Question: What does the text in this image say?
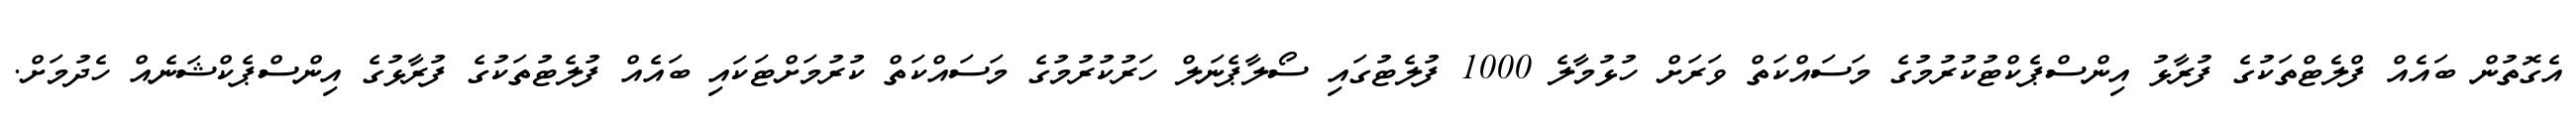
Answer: އެގޮތުން ބައެއް ފްލެޓްތަކުގެ ފުރާޅު އިންސްޕެކްޓުކުރުމުގެ މަސައްކަތް ވަރަށް ހުޅުމާލެ 1000 ފުލެޓުގައި ސޯލާޕެނަލް ހަރުކުރުމުގެ މަސައްކަތް ކުރުމަށްޓަކައި ބައެއް ފުލެޓުތަކުގެ ފުރާޅުގެ އިންސްޕެކްޝަނެއް ހެދުމަށް.